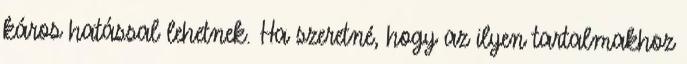
káros hatással lehetnek. Ha szeretné, hogy az ilyen tartalmakhoz